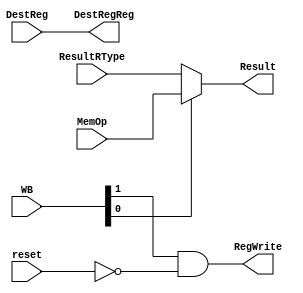
`timescale 1ns / 1ps
//////////////////////////////////////////////////////////////////////////////////
// Company: 
// Engineer: 
// 
// Design Name: 
// Module Name:    stage5 
// Project Name: 
// Target Devices: 
// Tool versions: 
// Description: 
//
// Dependencies: 
//
// Revision: 
// Revision 0.01 - File Created
// Additional Comments: 
//
//////////////////////////////////////////////////////////////////////////////////
module stage5(
MemOp,
ResultRType,
DestReg,
WB,
Result,
RegWrite,
DestRegReg,
reset
    );

input [31:0] MemOp,ResultRType;
input [4:0] DestReg;
input [1:0] WB;
input reset;

output [31:0] Result;
output [4:0] DestRegReg; 
output RegWrite;

//Mux32_2_1 s0 (.B(MemOp),.A(ResultRType),.S(WB[0]),.Out(Result));
assign Result = (WB[0])?(MemOp):(ResultRType);
assign RegWrite = WB[1]&(~reset);
assign DestRegReg = DestReg;

endmodule